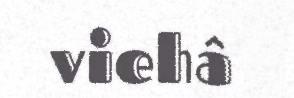
viehâ